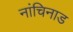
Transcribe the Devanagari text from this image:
नांचिनाड